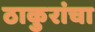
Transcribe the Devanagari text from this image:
ठाकुरांचा